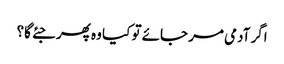
اگر آدمی مر جائے تو کیا وہ پھر جئے گا؟